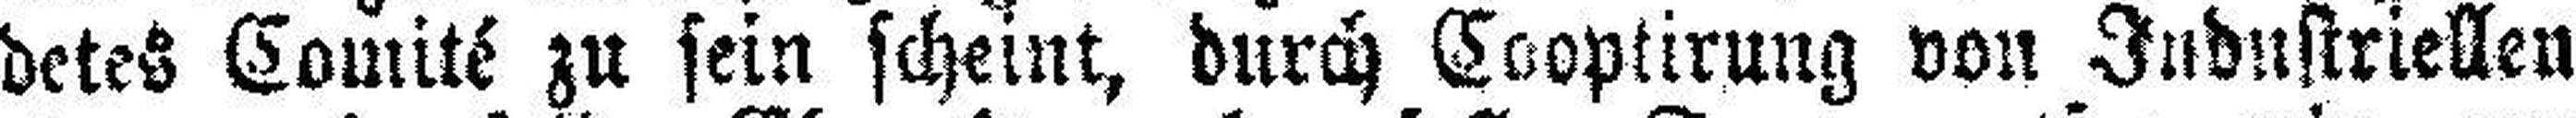
detes Comité zu sein scheint, durch Cooptirung von Industriellen